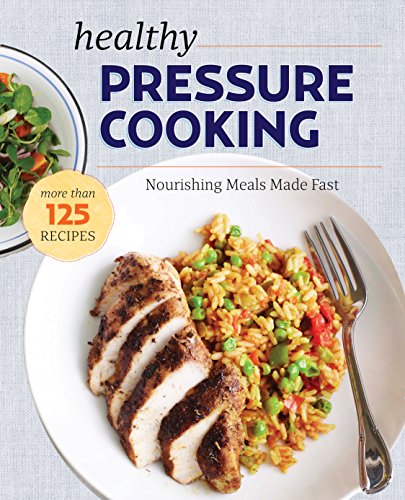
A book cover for The Healthy Pressure Cooker Cookbook: Nourishing Meals Made Fast; Janet A. Zimmerman; Cookbooks, Food & Wine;